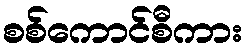
စစ်ကောင်စီကား